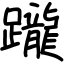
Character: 躘